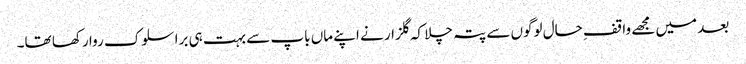
بعد میں مجھے واقفِ حال لوگوں سے پتہ چلا کہ گلزار نے اپنے ماں باپ سے بہت ہی برا سلوک روا رکھا تھا۔